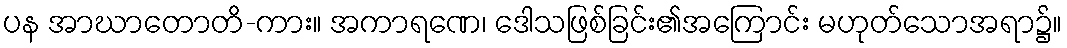
ပန အာဃာတောတိ-ကား။ အကာရဏေ၊ ဒေါသဖြစ်ခြင်း၏အကြောင်း မဟုတ်သောအရာ၌။